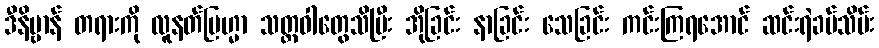
ဒီနိဗ္ဗာန် တရားကို လူနတ်ဗြဟ္မာ သတ္တဝါတွေသိပြီး အိုခြင်း နာခြင်း သေခြင်း ကင်းကြရအောင် ဆင်းရဲခပ်သိမ်း